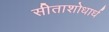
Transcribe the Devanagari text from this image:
सीताशोधार्ध